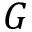
G